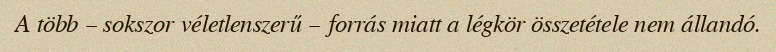
A több – sokszor véletlenszerű – forrás miatt a légkör összetétele nem állandó.